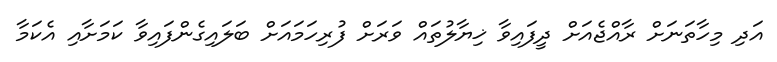
އަދި މިހާތަނަށް ރާއްޖެއަށް ދީފައިވާ ޚިޔާލުތައް ވަރަށް ފުރިހަމައަށް ބަލައިގެންފައިވާ ކަމަށާއި އެކަމާ